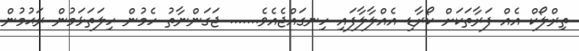
ތިރްލޯކް އެއް ފަރާތަކަށް ކޯރާޑި އެއްލާލާފައި ހިނގައްޖެއެވެ....... ޖަގަންނާތު ހެމުން ހިލަތަޅަމުން ރަޙުމުން